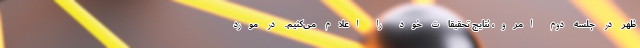
ظهر در جلسه دوم اِمرو، نتایج تحقیقات خود را اعلام می‌کنیم. در مورد